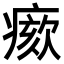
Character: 𤸺